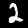
Digit: 2